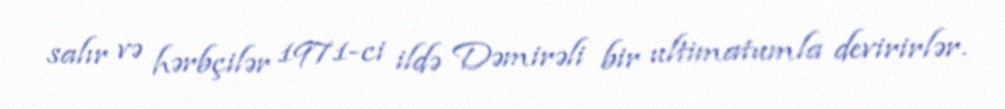
salır və hərbçilər 1971-ci ildə Dəmirəli bir ultimatumla devirirlər.